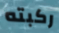
ركبته